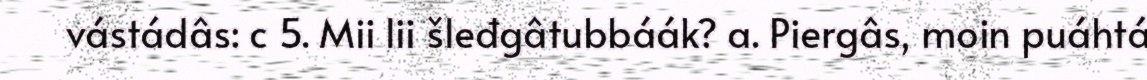
vástádâs: c 5. Mii lii šleđgâtubbáák? a. Piergâs, moin puáhtá